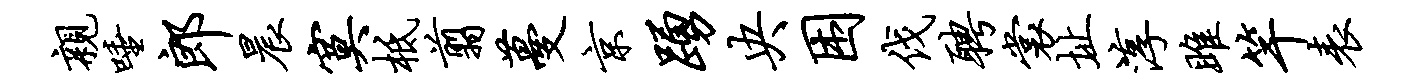
亲唾郎晨寞柢翦蔓京踊央困伐聘裳址淳雎竿表